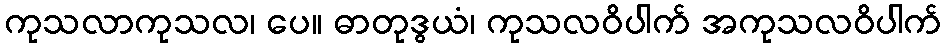
ကုသလာကုသလ၊ ပေ။ ဓာတုဒွယံ၊ ကုသလဝိပါက် အကုသလဝိပါက်